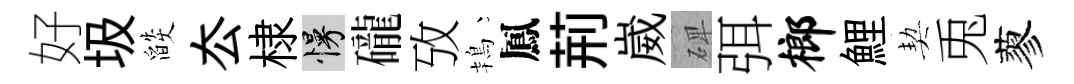
好圾燄厺棣慢礲攷鴇鳳荊崴𥓓弭榔鯉契兎蓼